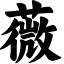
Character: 薇